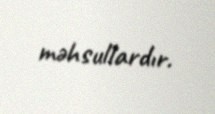
məhsullardır.